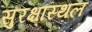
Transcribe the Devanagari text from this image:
सुरक्षास्थल